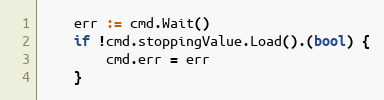
Language: Go
	err := cmd.Wait()
	if !cmd.stoppingValue.Load().(bool) {
		cmd.err = err
	}